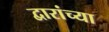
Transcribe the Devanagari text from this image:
द्वारांच्या